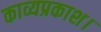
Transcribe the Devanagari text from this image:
काव्यप्रकाश।